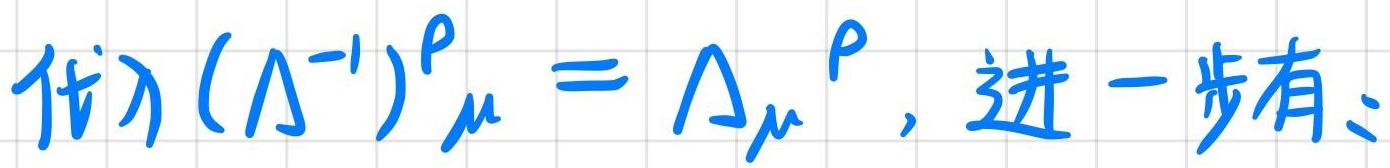
代）$(\Lambda^{-1})^{\rho}\mu=\Lambda_{\mu}{}^{\rho}$，进一步有：